Lock hospitals Punjab
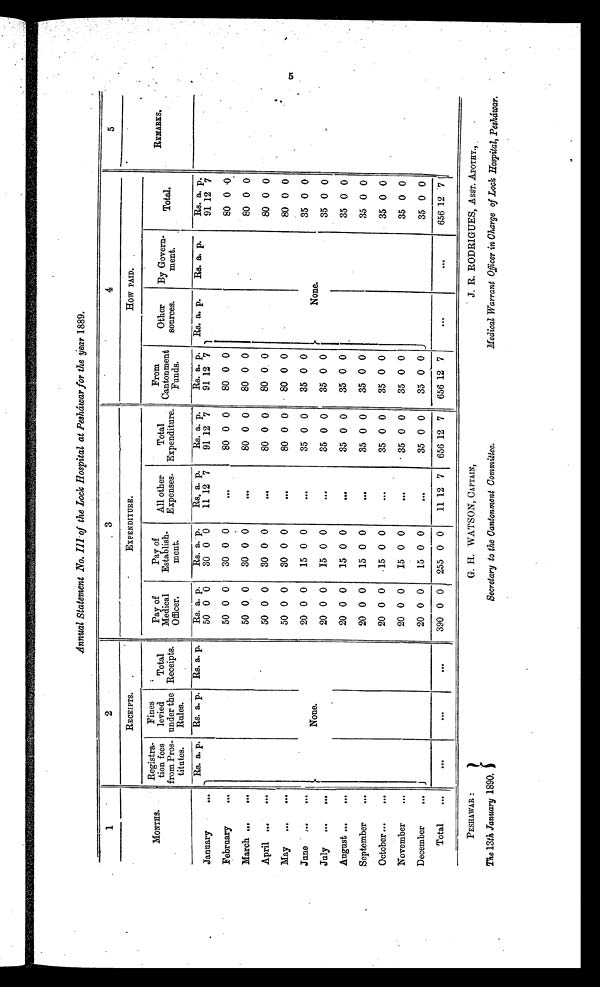
Annual Statement No. III of the Lock Hospital at Pesháwar for the year 1889.
1
2
3
4
5
.
MONTHS.
RECEIPTS.
EXPENDITURE.
HoW PAID.
REMARKS.
Registra-
t i o n f e e s
from Pros-
titutes.
Fines
levied
under the
Rules.
Total
Receipts.
Pay of
Medical
Officer.
Pay of
Establish-
meat.
All other
Expenses.
Total
Expenditure.
From
Cantonment
Funds.
Other
sources.
By Govern
ment.
Total.
Rs. a. p. Rs. a. p. Rs. a. p.
Rs. a. p.
Rs. a. p.
Rs. a. p.
Rs. a. p.
Rs. a. p. Rs. a. p.
Rs. a. p.
Rs. a. p.
January
. . .
50 0 0
30 0 0
11 12 7
91 12 7
91 12 7
91 12 7
February
...
50 0 0
30 0 0
...
80 0 0
80 0 0
80 0 0
March...
...
50 0 0
3 0 0 0
...
8 0
0 0
8 0
0 0
8 0
0
0
April ...
...
50 0 0
3 0 0 0
...
8 0
0 0
80 0 0
8 0
0
0
May ...
...
50 0 0
3 0 0 0
...
8 0
0
0
8 0
0
0
80 0 0
June ...
...
None.
20
0 0
1 5 0 0 0
...
3 5
0 0
35 0 0
None.
3 5 0 0
July ...
...
20
0 0
15 0 0
...
3 5
0 0
35 0 0
3 5
0
0
August ...
...
20 0 0
15 0 0
...
35 0 0
35 0 0
35 0 0
September
...
20
0 0
1 5
0 0
...
3 5
0 0
3 5
0
0
3 5 0 0
October...
...
20 0 0
15 0 0
...
35 0 0
35 0 0
35 0 0
November
...
20 0 0
15 0 0
...
35 0 0
35 0 0
35 0 0
December
...
20
0 0
1 5 0 0
...
3 5
0
0 35 0 0
3 5 0 0
Total
...
. . .
...
...
390 0 0 255 0 0
11 12 7 656 12 7
656 12 7
. . .
. . .
656 12 71
PESHAWAR :
G. H. WATSON, CAPTAIN,
J. R. RODRIGUES, ASST. APOTHY.,
The 13th January 1890.
Secretary to the Cantonment Committee.
Medical Warrant Officer in Charge of Lock Hospital,Pesháwar.